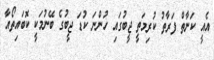
އެއީ ކަނާތް ފަރާތު ކުރިމަތީ ޖީބުގައި ހުންނަ ކުޑަ ޖީބުގެ ބޭނުމަކީ ކޮބައިތޯއާ